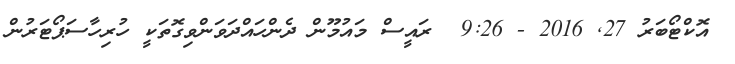
އޮކްޓޯބަރު 27